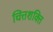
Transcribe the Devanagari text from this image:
चित्तशक्ति